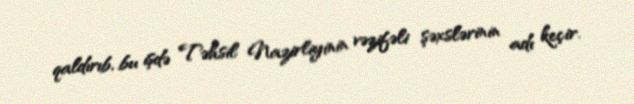
qaldırıb, bu işdə Təhsil Nazirliyinin vəzifəli şəxslərinin adı keçir.